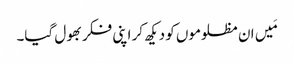
مَیں ان مظلوموں کو دیکھ کر اپنی فکر بھول گیا۔